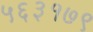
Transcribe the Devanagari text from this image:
५६३१७९